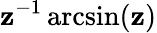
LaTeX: \mathbf{z}^{-1}\arcsin(\mathbf{z})